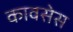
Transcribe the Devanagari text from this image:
कावसेस